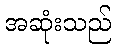
အဆုံးသည်